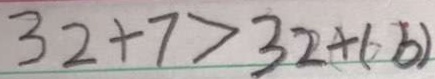
3 2 + 7 > 3 2 + 6 b